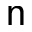
{ \mathsf n }